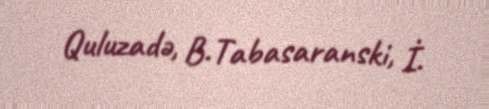
Quluzadə, B.Tabasaranski, İ.